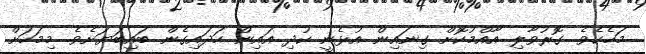
މަހެކެވެ. ގޮރުވާލި އާއްމުކޮށް ގިނައިން އުޅެނީ ކުދި އައިން ހަދައިގެން ބައިބަޔަށެވެ. މިމަހަށް